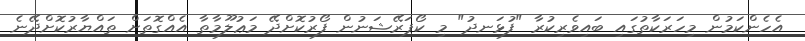
އެހެންކަމުން މިހަރަކާތުގައި ބައިވެރިކުރާ "ފުޅަނދު" މި ކޯޕަރޭޝަނުން ފޯރުކޮށްދޭ މަޢުލޫމާތާ އެއްގޮތަށް ތައްޔާރުކޮށްދޭނެ